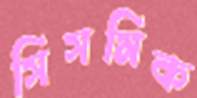
সিসমিক